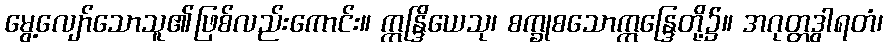
မွေ့လျော်သောသူ၏ဖြစ်လည်းကောင်း။ ဣန္ဒြိယေသု၊ စက္ခုစသောဣန္ဒြေတို့၌။ အဂုတ္တဒွါရတံ၊